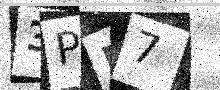
Text: 3PE7